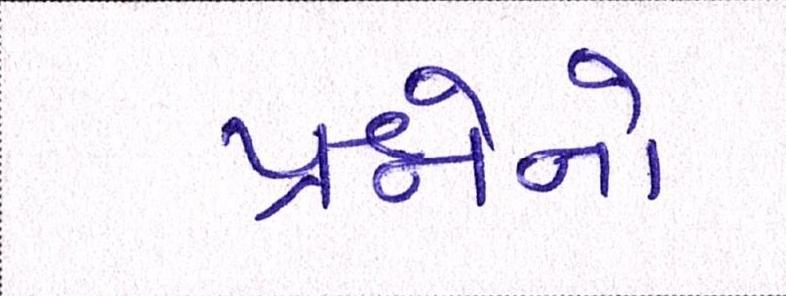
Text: પ્રશ્નોનો